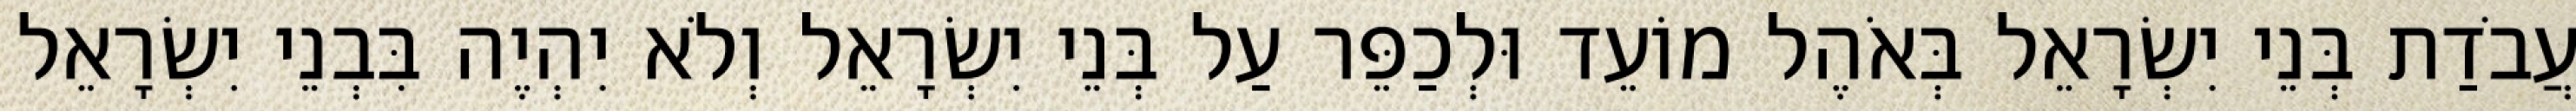
עֲבֹדַת בְּנֵי יִשְׂרָאֵל בְּאֹהֶל מוֹעֵד וּלְכַפֵּר עַל בְּנֵי יִשְׂרָאֵל וְלֹא יִהְיֶה בִּבְנֵי יִשְׂרָאֵל